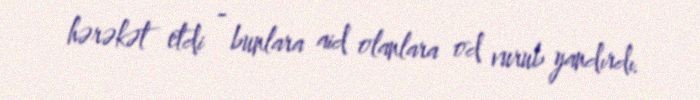
hərəkət etdi - bunlara aid olanlara od vurub yandırdı.